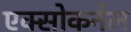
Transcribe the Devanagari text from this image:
एक्सोकर्नल